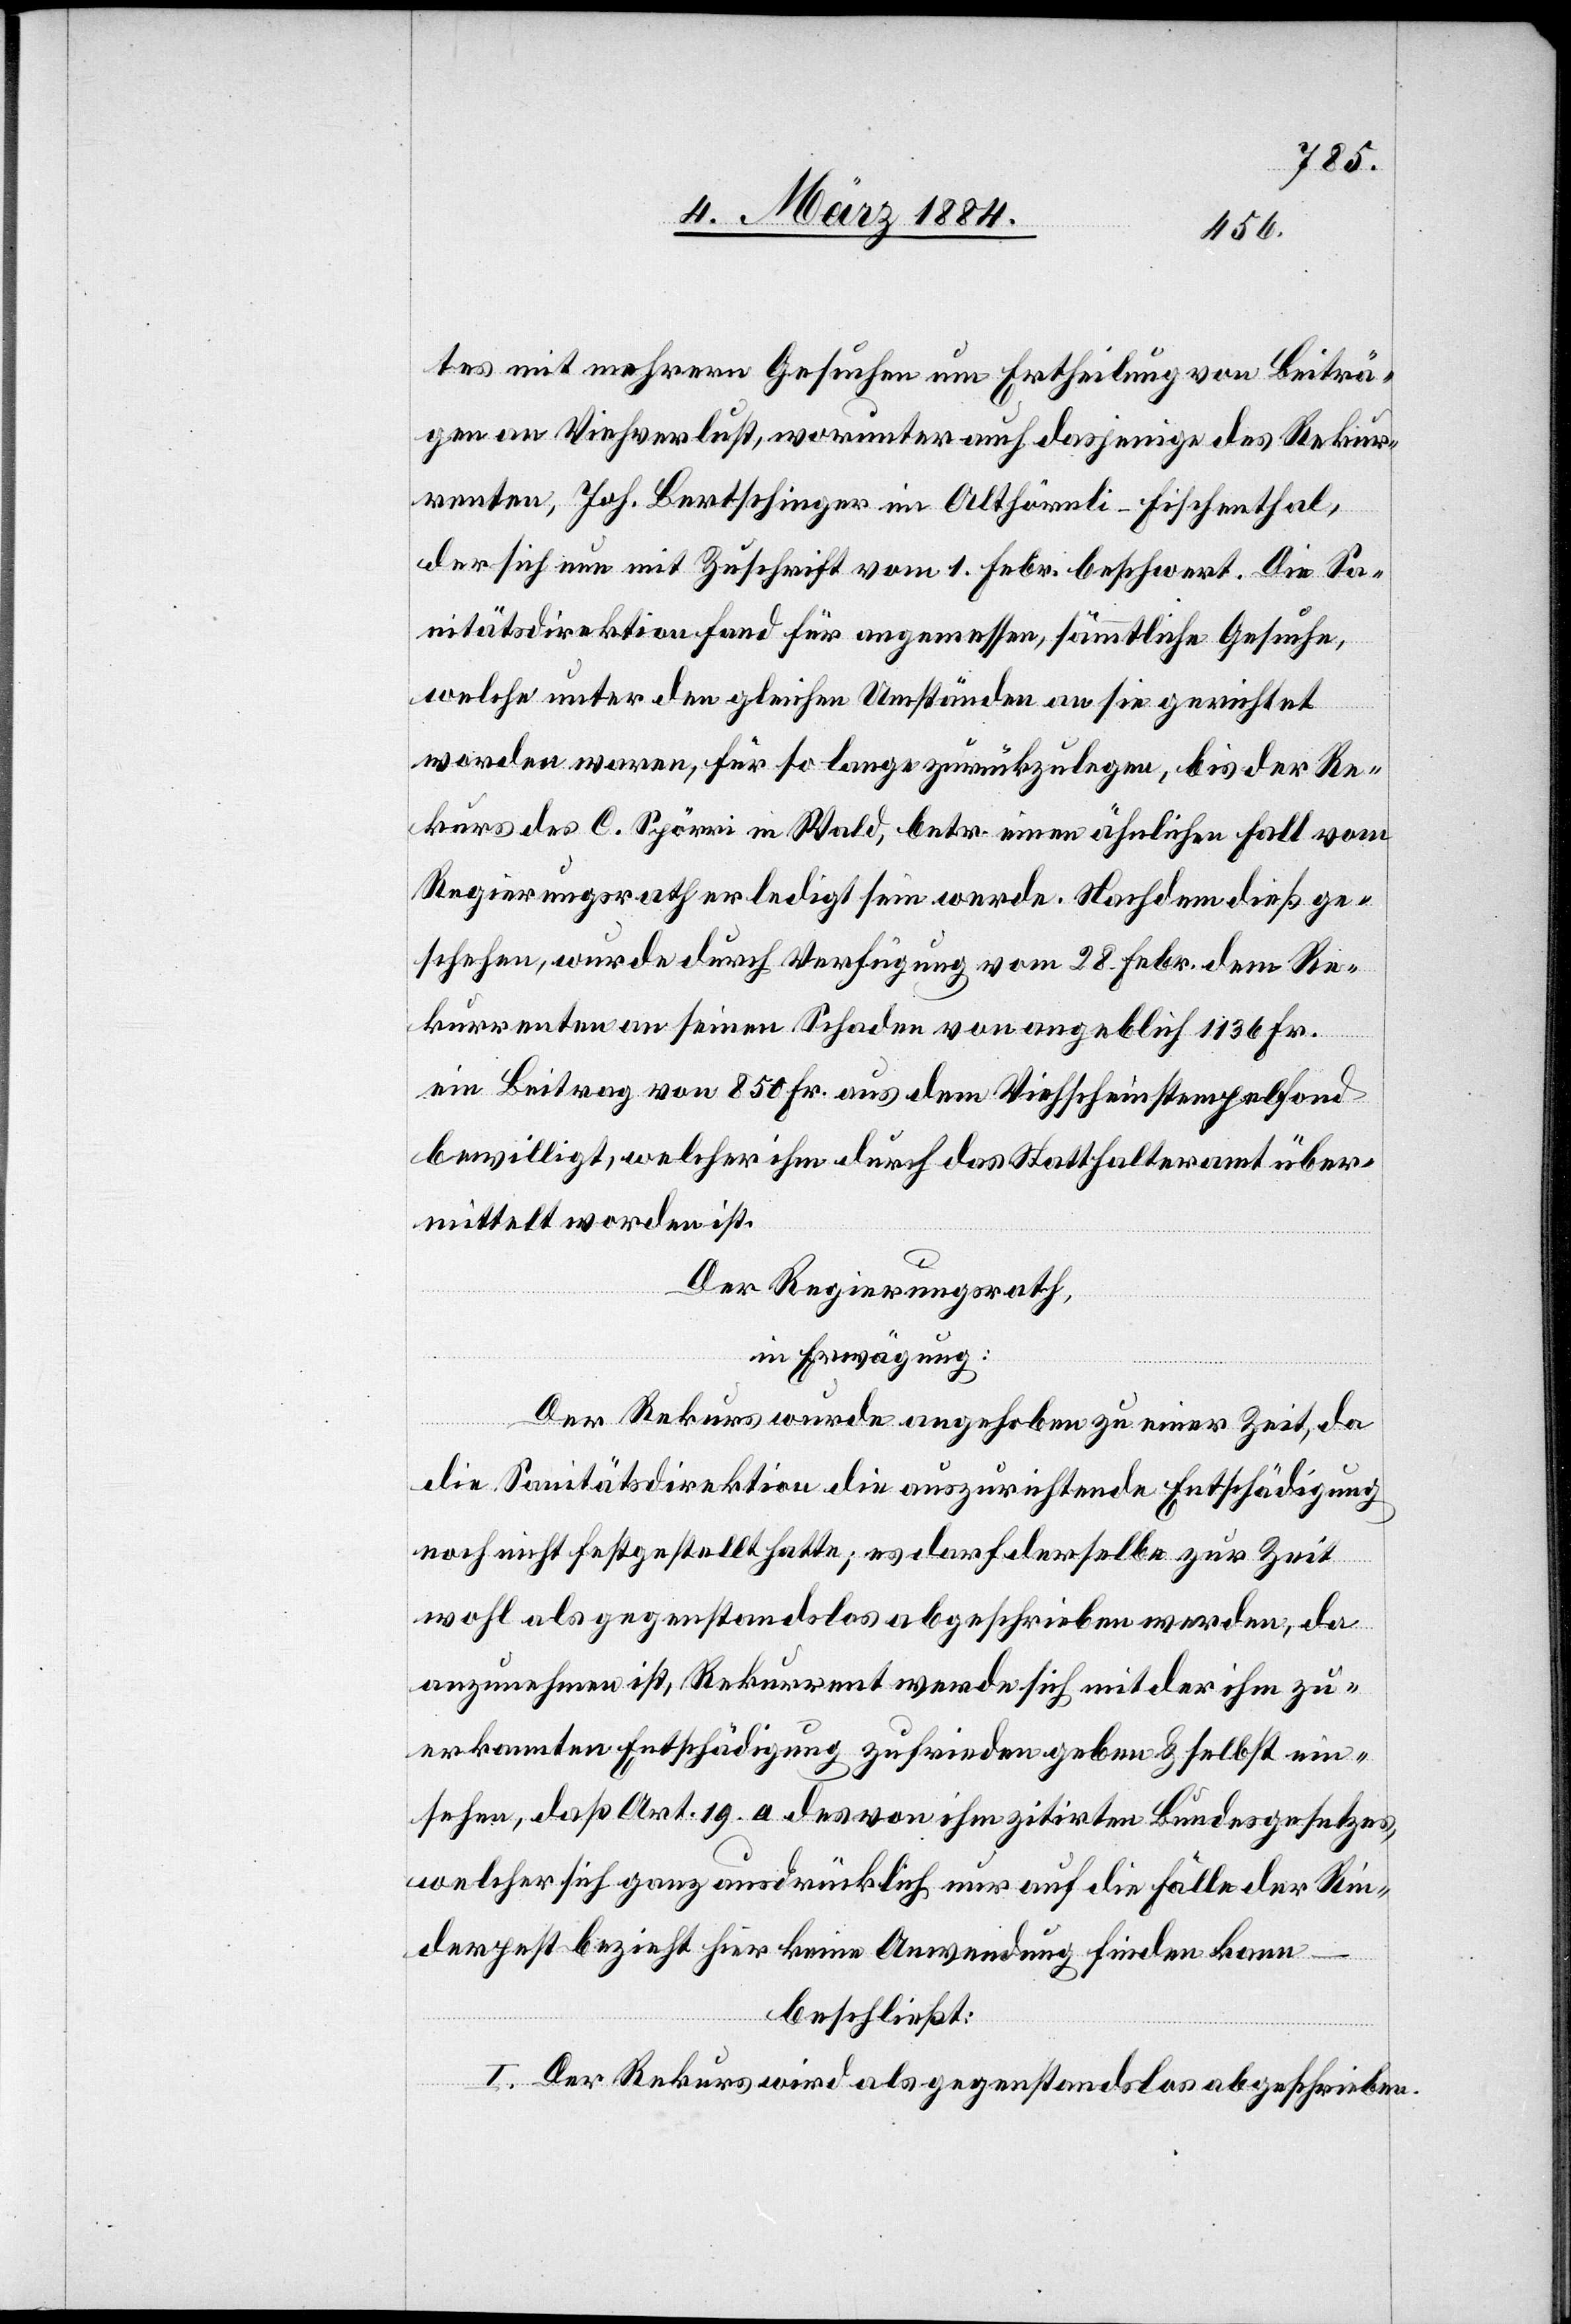
tes mit mehreren Gesuchen um Ertheilung von Beiträ¬
gen an Viehverlust, worunter auch dasjenige des Rekur¬
renten, Joh. Bertschinger im Althörnli - Fischenthal,
der sich nun mit Zuschrift vom 1. Febr. beschwert. Die Sa¬
nitätsdirektion fand für angemessen, sämmtliche Gesuche,
welche unter den gleichen Umständen an sie gerichtet
worden waren, für so lange zurückzulegen, bis der Re¬
kurs des C. Spörri in Wald, betr. einen ähnlichen Fall vom
Regierungsrathe erledigt sein werde. Nachdem dieß ge¬
schehen, wurde durch Verfügung vom 28. Febr. dem Re¬
kurrenten an seinen Schaden von angeblich 1136 Fr.
ein Beitrag von 850 Fr. aus dem Viehscheinstempelfond
bewilligt, welcher ihm durch das Statthalteramt über¬
mittelt worden ist.
Der Regierungsrath,
in Erwägung:
Der Rekurs wurde angehoben zu einer Zeit, da
die Sanitätsdirektion die auszurichtende Entschädigung
noch nicht festgestellt hatte; es darf derselbe zur Zeit
wohl als gegenstandlos abgeschrieben werden, da
anzunehmen ist, Rekurrent werde sich mit der ihm zu¬
erkannten Entschädigung zufrieden geben & selbst ein¬
sehen, daß Art. 19. a des von ihm zitirten Bundesgesetztes,
welcher sich ganz ausdrücklich nur auf die Fälle der Rin¬
derpest bezieht hier keine Anwendung finden kann
beschließt:
I. Der Rekurs wird als gegenstandlos abgeschrieben.